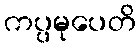
ကပ္ပမုပေတိ